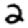
Digit: 2